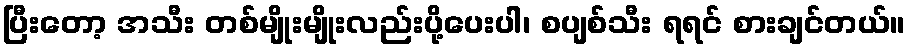
ပြီးတော့ အသီး တစ်မျိုးမျိုးလည်းပို့ပေးပါ၊ စပျစ်သီး ရရင် စားချင်တယ်။